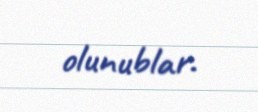
olunublar.